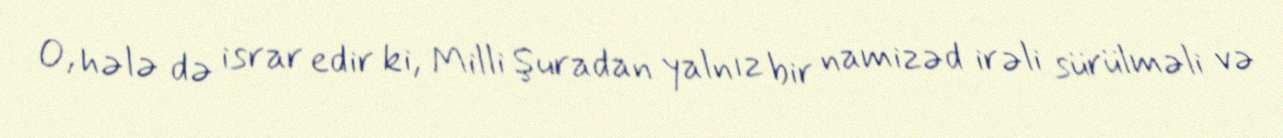
O, hələ də israr edir ki, Milli Şuradan yalnız bir namizəd irəli sürülməli və